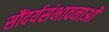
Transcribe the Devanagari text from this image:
सौंदर्यसंभावनाओं